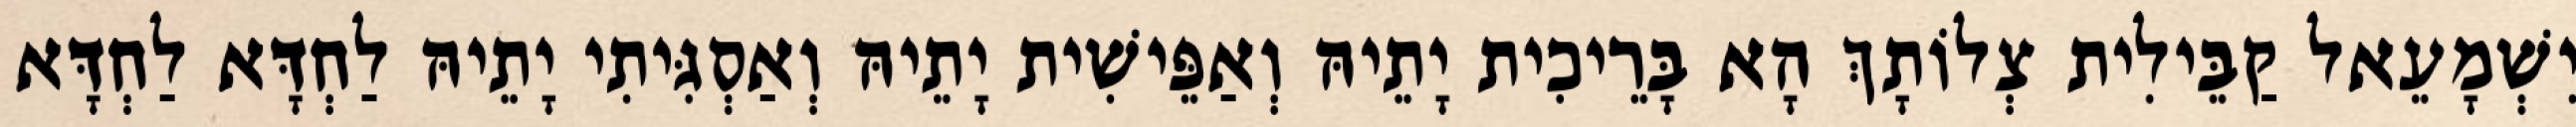
יִשְׁמָעֵאל קַבֵּילִית צְלוֹתָךְ הָא בָּרֵיכִית יָתֵיהּ וְאַפֵּישִׁית יָתֵיהּ וְאַסְגִּיתִי יָתֵיהּ לַחְדָּא לַחְדָּא